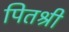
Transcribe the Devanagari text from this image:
पितश्री